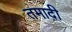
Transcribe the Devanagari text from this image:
तमादी